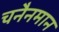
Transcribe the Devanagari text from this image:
चनैनमान